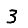
Digit: 3